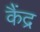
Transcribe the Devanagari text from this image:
कैंद्र